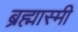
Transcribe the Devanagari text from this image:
ब्रह्मास्मी